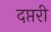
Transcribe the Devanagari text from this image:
दप्तरी